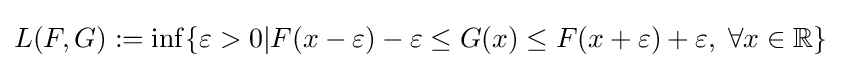
L(F,G):=\inf\{\varepsilon >0|F(x-\varepsilon )-\varepsilon \leq G(x)\leq F(x+\varepsilon )+\varepsilon ,\;\forall x\in \mathbb {R} \}